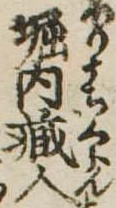
堀内蔵人